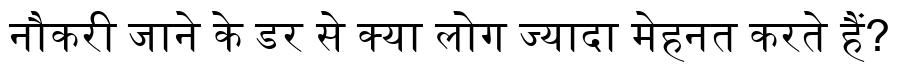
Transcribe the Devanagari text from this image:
नौकरी जाने के डर से क्या लोग ज्यादा मेहनत करते हैं?